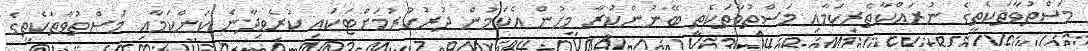
މަސްތުވާތަކެތީގެ ނުރައްކާތެރިކަމާއި މަސްތުވާތަކެތި ބޭނުންކުރާ މީހުން އެކަމުން ދުރުކުރުމަށްޓަކައި ކުރެވިދާނެ ކަންކަމާއި މަސްތުވާތަކެތީގެ